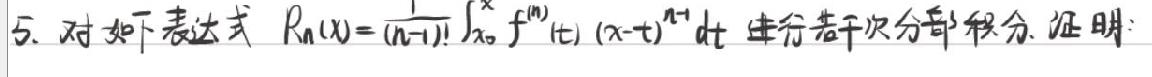
5. 对如下表达式 $R_n(u)=\frac{1}{(n-1)!}\int_0^xf^{(n)}(t)(x-t)^{n-1}dt$ 进行多次分部积分. 证明: